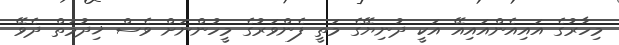
މިހާރުގެ އައިއެންއައިއޭ އަކީ ދުނިޔޭގެ މަތީ ފެންވަރުގެ މީހުންނަށް ވެސް ޚިދުމަތް ދެވޭ